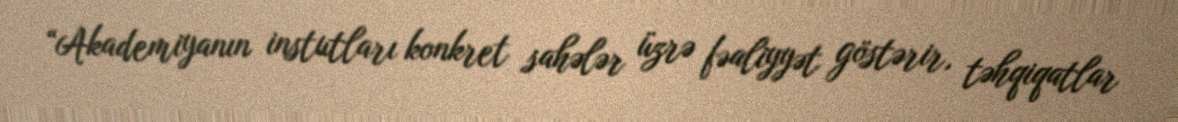
“Akademiyanın instutları konkret sahələr üzrə fəaliyyət göstərir, təhqiqatlar